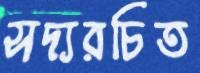
সদ্যরচিত